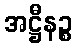
အဋ္ဌီနဉ္စ